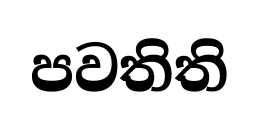
පවතිති